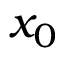
x _ { 0 }